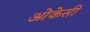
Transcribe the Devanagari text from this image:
ओकेसी